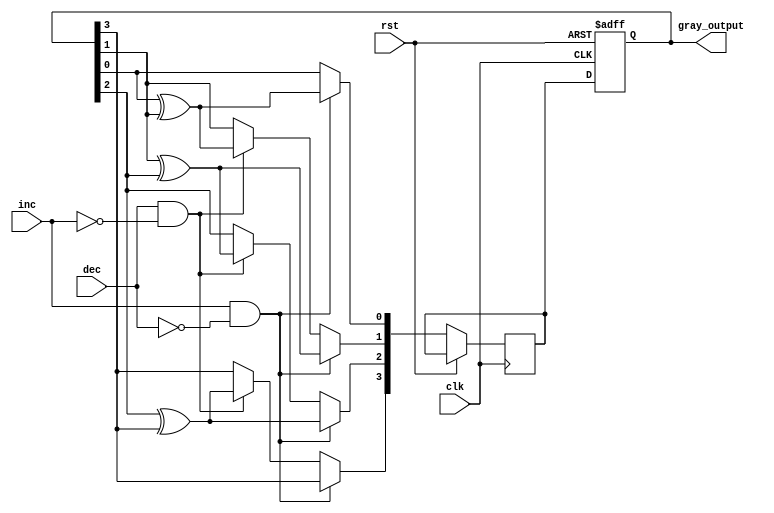
module gray_counter(
    input clk,
    input rst,
    input inc,
    input dec,
    output reg [3:0] gray_output
);

reg [3:0] gray_code;
reg [3:0] next_gray_code;

always @(posedge clk or posedge rst) begin
    if (rst) begin
        gray_code <= 4'b0000;
    end else begin
        if (inc && !dec) begin
            next_gray_code[0] <= gray_code[0] ^ gray_code[1];
            next_gray_code[1] <= gray_code[1] ^ gray_code[2];
            next_gray_code[2] <= gray_code[2] ^ gray_code[3];
            next_gray_code[3] <= gray_code[3];
        end else if (dec && !inc) begin
            next_gray_code[0] <= gray_code[0];
            next_gray_code[1] <= gray_code[1] ^ gray_code[0];
            next_gray_code[2] <= gray_code[2] ^ gray_code[1];
            next_gray_code[3] <= gray_code[3] ^ gray_code[2];
        end else begin
            next_gray_code <= gray_code;
        end
        
        gray_code <= next_gray_code;
    end
end

assign gray_output = gray_code;

endmodule